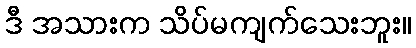
ဒီ အသားက သိပ်မကျက်သေးဘူး။